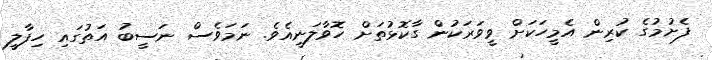
ފެށުމުގެ ކުރިން އެމީހަކަށް ވީވަރަކުން ގާކޮޅުތަށް ހޮވާލަނީއެވެ. ނަމަވެސް ނަސީބު އަތުގައި ހިފާލީ